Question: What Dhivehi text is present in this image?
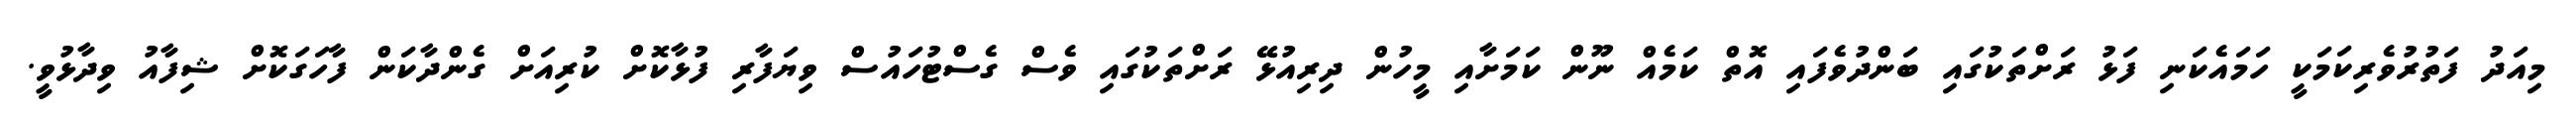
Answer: މިއަދު ފަތުރުވެރިކަމަކީ ހަމައެކަނި ފަޅު ރަށްތަކުގައި ބަންދުވެފައި އޮތް ކަމެއް ނޫން ކަމަށާއި މީހުން ދިރިއުޅޭ ރަށްތަކުގައި ވެސް ގެސްޓުހައުސް ވިޔަފާރި ފުޅާކޮށް ކުރިއަށް ގެންދާކަން ފާހަގަކޮށް ޝިފާއު ވިދާޅުވީ.